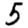
Digit: 5